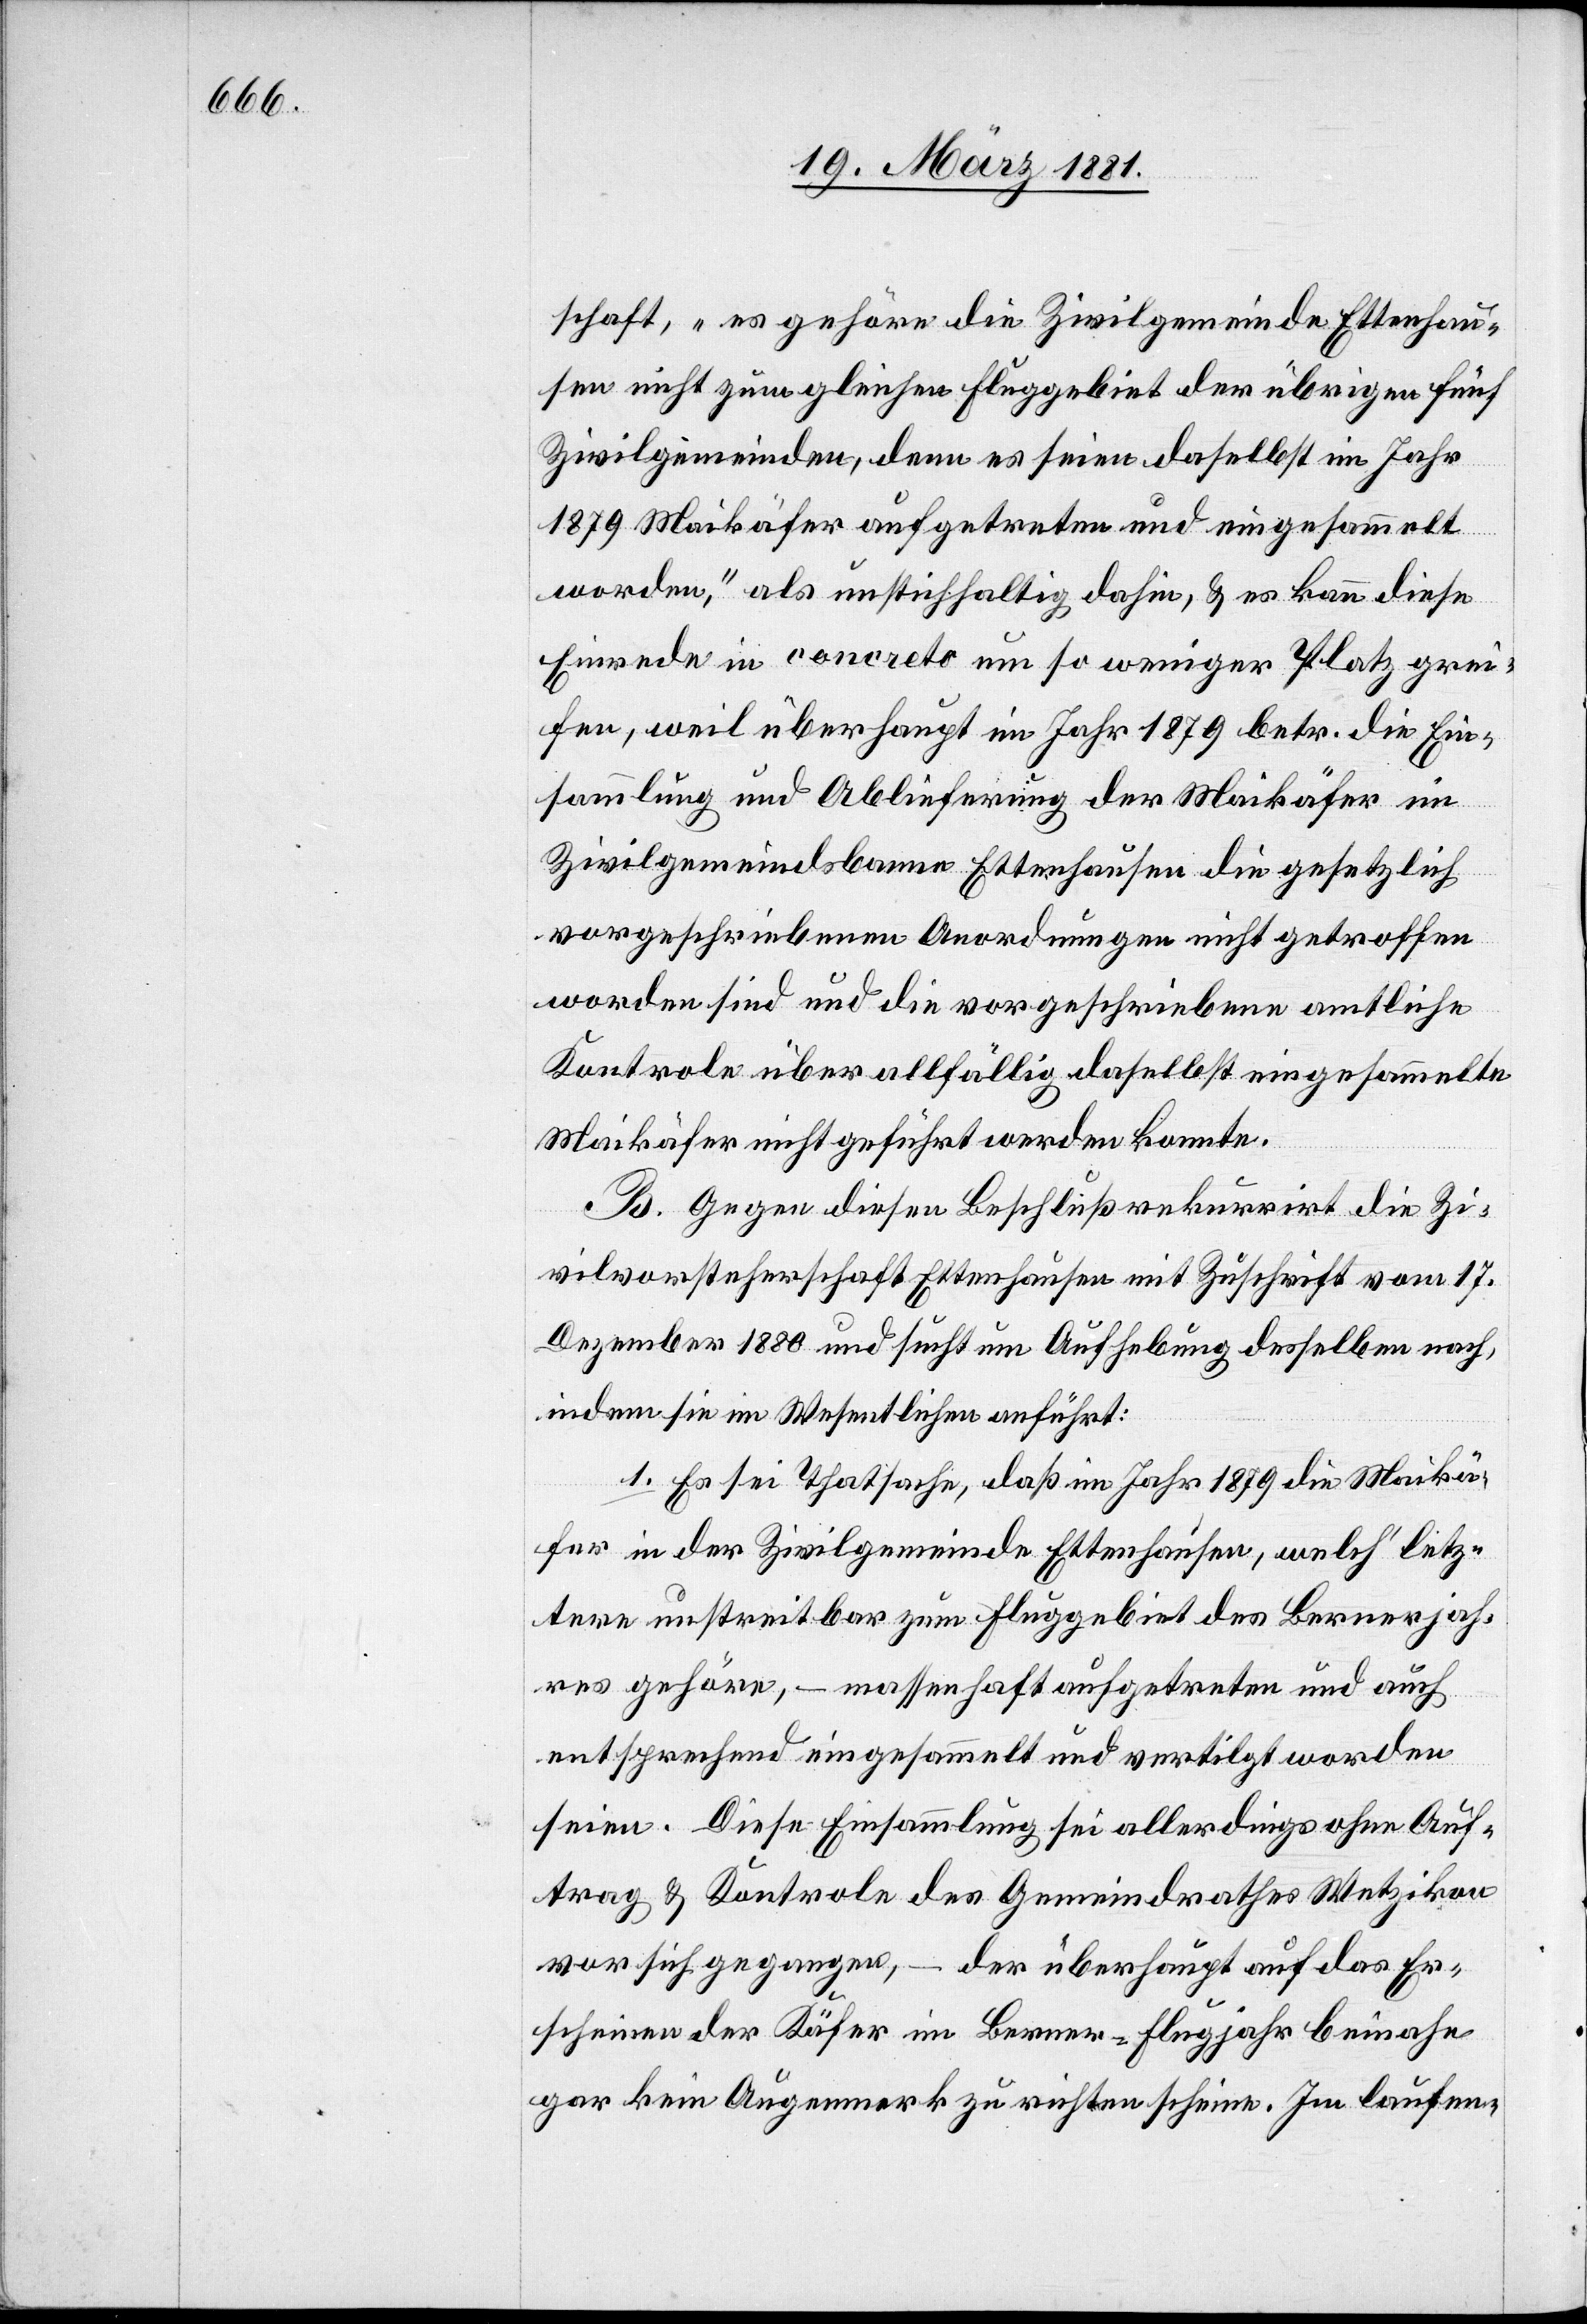
schaft, „es gehöre die Zivilgemeinde Ettenhau¬
sen nicht zum gleichen Fluggebiet der übrigen fünf
Zivilgemeinden, denn es seien daselbst im Jahr
1879 Maikäfer aufgetreten und eingesammelt
worden“, als unstichhaltig dahin, & es kann diese
Einrede in concreto um so weniger Platz grei¬
fen, weil überhaupt im Jahr 1879 betr. die Ein¬
sammlung und Ablieferung der Maikäfer im
Zivilgemeindebanne Ettenhausen die gesetzlich
vorgeschriebenen Anordnungen nicht getroffen
worden sind und die vorgeschriebene amtliche
Kontrole über allfällig daselbst eingesammelte
Maikäfer nicht geführt werden konnte.
B. Gegen diesen Beschluß rekurrirt die Zi¬
vilvorsteherschaft Ettenhausen mit Zuschrift vom 17.
Dezember 1880 und sucht um Aufhebung desselben nach,
indem sie im Wesentlichen anführt:
1. Es sei Thatsache, daß im Jahr 1879 die Maikä¬
fer in der Zivilgemeinde Ettenhausen, welch‘ letz¬
tere unstreitbar zum Fluggebiet des Bernerjah¬
res gehöre, – massenhaft aufgetreten und auch
entsprechend eingesammelt und vertilgt worden
seien. Diese Einsammlung sei allerdings ohne Auf¬
trag & Kontrole des Gemeindrathes Wetzikon
vor sich gegangen, – der überhaupt auf das Er¬
scheinen der Käfer im Berner-Flugjahr beinahe
gar kein Augenmerk zu richten scheine. im laufen-